Vaccination report Assam 1896-1927 - 1896-1927
Year: 1896
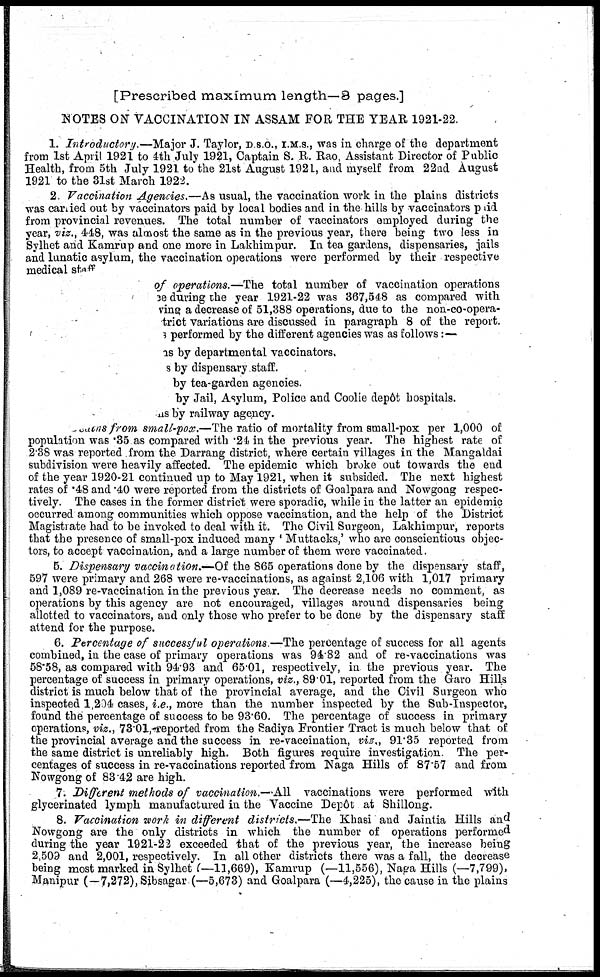
[Prescribed maximum length—3 pages.]
NOTES ON VACCINATION IN ASSAM FOR THE YEAR 1921-22.
1. Introductory.—Major J. Taylor, D. S.O., I.M.S., was in charge of the department
from 1st April 1921 to 4th July 1921, Captain S. R. Rao, Assistant Director of Public
Health, from 5th July 1921 to the 21st August 1921, and myself from 22nd August
1921 to the 31st March 1922.
2. Vaccination Agencies.—As usual, the vaccination work in the plains districts
was carried out by vaccinators paid by local bodies and in the hills by vaccinators paid
from provincial revenues. The total number of vaccinators employed during the
year, viz., 448, was almost the same as in the previous year, there being two less in
Sylhet and Kamrup and one more in Lakhimpur. In tea gardens, dispensaries, jails
and lunatic asylum, the vaccination operations were performed by their respective
medical staff
of operations.—The total number of vaccination operations
ce during the year 1921-22 was 367,548 as compared with
ving a decrease of 51,388 operations, due to the non-co-opera-
trict variations are discussed in paragraph 8 of the report.
s performed by the different agencies was as follows:—
as by departmental vaccinators,
s by dispensary staff.
by tea-garden agencies.
by Jail, Asylum, Police and Coolie depôt hospitals.
ns by railway agency.
etutns from small-pox.—The ratio of mortality from small-pox per 1,000 of
population was .35 as compared with .24 in the previous year. The highest rate of
2.38 was reported from the Darrang district, where certain villages in the Mangaldai
subdivision were heavily affected. The epidemic which broke out towards the end
of the year 1920-21 continued up to May 1921, when it subsided. The next highest
rates of .48 and .40 were reported from the districts of Goalpara and Nowgong respec-
tively. The cases in the former district were sporadic, while in the latter an epidemic
occurred among communities which oppose vaccination, and the help of the District
Magistiate had to be invoked to deal with it. The Civil Surgeon, Lakhimpur, reports
that the presence of small-pox induced many ' Muttacks,' who are conscientious objec-
tors, to accept vaccination, and a large number of them were vaccinated.
5. Dispensary vaccination.—Of the 865 operations done by the dispensary staff,
597 were primary and 268 were re-vaccinations, as against 2,106 with 1,017 primary
and 1,089 re-vaccination in the previous year. The decrease needs no comment, as
operations by this agency are not encouraged, villages around dispensaries being
allotted to vaccinators, and only those who prefer to be done by the dispensary staff
attend for the purpose.
6. Percentage of successful operations.—The percentage of success for all agents
combined, in the case of primary operations was 94.82 and of re-vaccinations was
58.58, as compared with 94.93 and 65.01, respectively, in the previous year. The
percentage of success in primary operations, viz., 89.01, reported from the Garo Hills
district is much below that of the provincial average, and the Civil Surgeon who
inspected 1,204 cases, i.e., more than the number inspected by the Sub-Inspector,
found the percentage of success to be 93.60. The percentage of success in primary
operations, viz., 73.01,reported from the Sadiya Frontier Tract is much below that of
the provincial average and the success in re-vaccination, viz., 91.35 reported from
the same district is unreliably high. Both figures require investigation. The per-
centages of success in re-vaccinations reported from Naga Hills of 87.57 and from
Nowgong of 83.42 are high.
7. Different methods of vaccination.—All vaccinations were performed with
glycerinated lymph manufactured in the Vaccine Depôt at Shillong.
8. Vaccination work in different districts.—The Khasi and Jaintia Hills and
Nowgong are the only districts in which the number of operations performed
during the year 1921-22 exceeded that of the previous year, the increase being
2,509 and 2,001, respectively. In all other districts there was a fall, the decrease
being most marked in Sylhet (—11,669), Kamrup (—11,556), Naga Hills (—7,799),
Manipur (—7,272), Sibsagar (—5,673) and Goalpara (—4,225), the cause in the plains